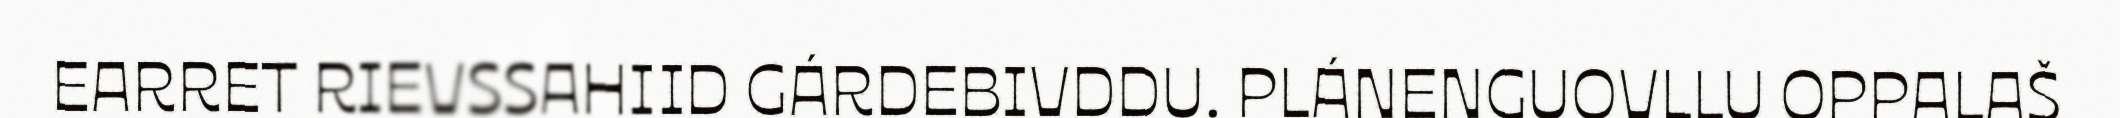
EARRET RIEVSSAHIID GÁRDEBIVDDU. PLÁNENGUOVLLU OPPALAŠ